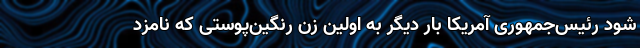
شود رئیس‌جمهوری آمریکا بار دیگر به اولین زن رنگین‌پوستی که نامزد